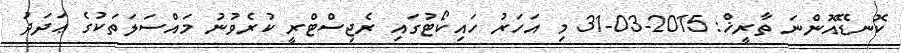
ކޮނޑޭއޮންނަ ތާރީޚް: 2015-03-31 މި އަހަރު ހައިކޯޓުގައި ރެޖިސްޓްރީ ކުރެވުނު މައްސަލަތަކުގެ ޢަދަދު